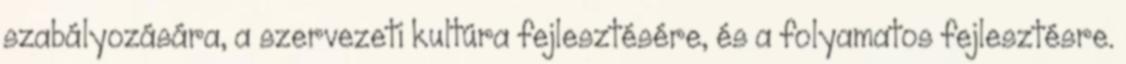
szabályozására, a szervezeti kultúra fejlesztésére, és a folyamatos fejlesztésre.